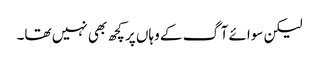
لیکن سوائے آگ کے وہاں پر کچھ بھی نہیں تھا۔